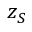
z _ { S }